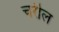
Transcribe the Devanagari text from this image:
चरील